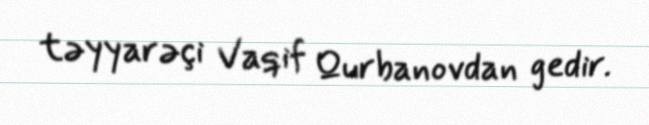
təyyarəçi Vaqif Qurbanovdan gedir.